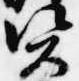
資